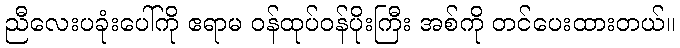
ညီလေးပခုံးပေါ်ကို ဧရာမ ဝန်ထုပ်ဝန်ပိုးကြီး အစ်ကို တင်ပေးထားတယ်။